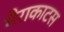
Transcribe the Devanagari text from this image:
मैराकाटस